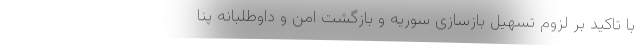
با تاکید بر لزوم تسهیل بازسازی سوریه و بازگشت امن و داوطلبانه پنا